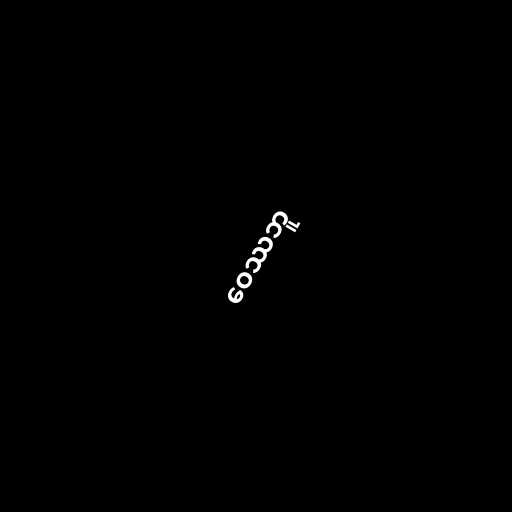
ဝေဿဘူ